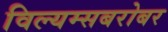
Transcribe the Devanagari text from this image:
विल्यम्सबरोबर